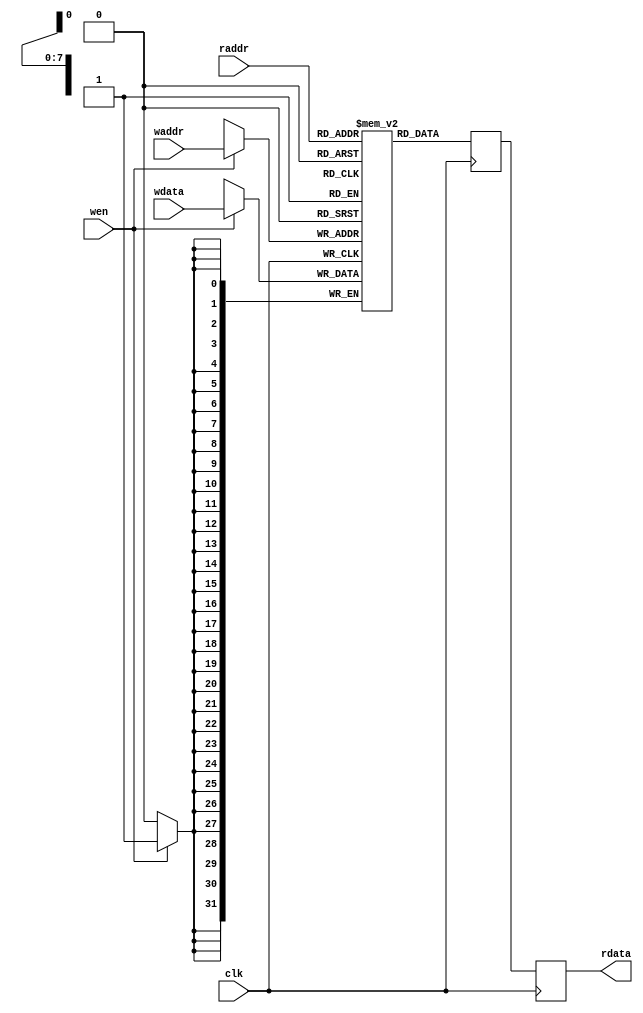

module acc_ram #(parameter ABITS=8, parameter DBITS=32, parameter SIM=0)
   (
    input 		   clk,
    input [ABITS-1:0] 	   waddr,
    input 		   wen,
    input [ABITS-1:0] 	   raddr,
    input [DBITS-1:0] 	   wdata,
    output reg [DBITS-1:0] rdata
    );
   
   reg [DBITS-1:0] 	   mem [(2**ABITS)-1:0];
   reg [DBITS-1:0] 	   stage;

   generate
      if (SIM != 0) begin
	 integer i;
	 initial begin
	    for (i=0; i<(2**ABITS); i=i+1) 
	      mem[i] = 0;
	 end
      end
   endgenerate
   
   always @(posedge clk) begin
      stage <= mem[raddr];
      rdata <= stage;

      if (wen)
	mem[waddr] <= wdata;
   end
   
endmodule

// has bias in "round"
module acc_mux
  (
   input 	     clk,
   input [31:0]      din,
   input [15:0]      shift,
   input 	     vld_in,
   input 	     lst_in,
   output reg [15:0] dout,
   output reg 	     vld_out,
   output reg 	     lst_out
   );

   reg [15:0] 	     muxa;
   reg [15:0] 	     muxb;
   reg 		     vld_in_t1;
   reg 		     lst_in_t1;
   
   always @(posedge clk) begin

      vld_in_t1 <= vld_in;
      vld_out <= vld_in_t1;
      
      lst_in_t1 <= lst_in;
      lst_out <= lst_in_t1;
      
      case (shift[7:0])
	8'h01 : muxa <= din[16:1];
	8'h02 : muxa <= din[17:2];
	8'h04 : muxa <= din[18:3];
	8'h08 : muxa <= din[19:4];
	8'h10 : muxa <= din[20:5];
	8'h20 : muxa <= din[21:6];
	8'h40 : muxa <= din[22:7];
	8'h80 : muxa <= din[23:8];
	default : muxa <= din[15:0];
      endcase

      case (shift[15:8])
	8'h01 : muxb <= din[24:9];
	8'h02 : muxb <= din[25:10];
	8'h04 : muxb <= din[26:11];
	8'h08 : muxb <= din[27:12];
	8'h10 : muxb <= din[28:13];
	8'h20 : muxb <= din[29:14];
	8'h40 : muxb <= din[30:15];
	8'h80 : muxb <= din[31:16];
	default : muxb <= din[15:0];
      endcase 
      
      if (|shift[7:0])
	dout <= muxa;
      else
	dout <= muxb;
   end
   
endmodule


module acc_mem #(parameter DEPTH=1024, parameter SIM=0)
   (
    input 	      clk,
    input 	      rst,
   
    input 	      trig,
    input 	      trig_strt,
    input 	      trig_last,
    
    input [15:0]      sampsm1,
   
    input [15:0]      din,
    output reg [31:0] dout,
    output reg 	      vld,
    output reg 	      lst
    );

   localparam BITS = $clog2(DEPTH);

   reg trig_t1, trig_t2, trig_t3, trig_t4;
   reg wen;
   reg init;
   reg endr;
   
   reg [BITS-1:0] waddr;
   reg [BITS-1:0] raddr;
   
   wire signed [31:0] rdata;
   reg signed [31:0]  wdata;
   reg signed [31:0]  dinexp;
   reg signed [31:0]  addend;
   
   always @(posedge clk) begin

      trig_t1 <= trig;
      trig_t2 <= trig_t1;
      trig_t3 <= trig_t2;
      trig_t4 <= trig_t3;
      
      dinexp <= { {16{din[15]}}, din };

      if (trig)
	raddr <= 0;
      else
	raddr <= raddr + 'b1;

      if (trig_t4)
	waddr <= 0;
      else
	waddr <= waddr + 'b1;

      if (rst)
	wen <= 0;
      else
	if (trig_t4)
	  wen <= 1;
	else if ((waddr == (DEPTH-1)) || (waddr == sampsm1))
	  wen <= 0;
            
      if (trig)
	init <= trig_strt;

      if (trig)
	endr <= trig_last;
      
      if (init)
	addend <= 0;
      else
	addend <= rdata;
   
      if (init)
	addend <= 0;
      else
	addend <= rdata;
   
      wdata <= dinexp + addend;

      dout <= wdata;

      if (endr)
	vld <= wen;
      else
	vld <= 0;

      if ((waddr == (DEPTH-1)) || (waddr == sampsm1))      
	lst <= wen;
      else
	lst <= 0;
      
   end
   
   acc_ram #(.ABITS(BITS), .SIM(SIM))
   acc_ram_inst
     (
      .clk  (clk  ),
      .waddr(waddr),
      .wen  (wen  ),
      .raddr(raddr),
      .wdata(wdata),
      .rdata(rdata)
      );
   
endmodule
   

module accumulator #(parameter DEPTH=1024, parameter SIM=0)
   (
    input 	      clk,
    input 	      rst,
   
    input 	      trig,      // ---\
    input 	      trig_strt, // ------ one-shot
    input 	      trig_last, // ---/

    input [15:0]      shift,     // latched at trig
    input [15:0]      sampsm1,   // latched at trig
   
    input [15:0]      din_I,
    input [15:0]      din_Q,

    output reg [15:0] dout_I,
    output reg [15:0] dout_Q,
    output reg 	      dout_vld,
    output reg 	      dout_lst
    );


   // accumulate
   wire [31:0] acc_I;
   wire [31:0] acc_Q;
   wire        acc_vld;
   wire        acc_lst;
   
   acc_mem #(.DEPTH(DEPTH), .SIM(SIM))
   acc_mem_inst_I
     (
      .clk      (clk      ),
      .rst      (rst      ),
      .trig     (trig     ),
      .trig_strt(trig_strt),
      .trig_last(trig_last),
      .sampsm1  (sampsm1  ),
      .din      (din_I    ),
      .dout     (acc_I    ),
      .vld      (acc_vld  ),
      .lst      (acc_lst  )
      );
   
   acc_mem #(.DEPTH(DEPTH), .SIM(SIM))
   acc_mem_inst_Q
     (
      .clk      (clk      ),
      .rst      (rst      ),
      .trig     (trig     ),
      .trig_strt(trig_strt),
      .trig_last(trig_last),
      .sampsm1  (sampsm1  ),
      .din      (din_Q    ),
      .dout     (acc_Q    ),
      .vld      (         ),
      .lst      (         )
      );

   // shift
   wire [15:0] shft_I;
   wire [15:0] shft_Q;
   wire        shft_vld;
   wire        shft_lst;
   
   acc_mux acc_mux_inst_I
     (
      .clk    (clk     ),
      .din    (acc_I   ),
      .shift  (shift   ),
      .vld_in (acc_vld ),
      .lst_in (acc_lst ),
      .dout   (shft_I  ),
      .vld_out(shft_vld),
      .lst_out(shft_lst)
      );
   
   acc_mux acc_mux_inst_Q
     (
      .clk    (clk     ),
      .din    (acc_Q   ),
      .shift  (shift   ),
      .vld_in (acc_vld ),
      .lst_in (acc_lst ),
      .dout   (shft_Q  ),
      .vld_out(        ),
      .lst_out(        )
      );

   always @(posedge clk) begin
      dout_I <= shft_I;
      dout_Q <= shft_Q;
      dout_vld <= shft_vld;
      dout_lst <= shft_lst;
   end
   
endmodule